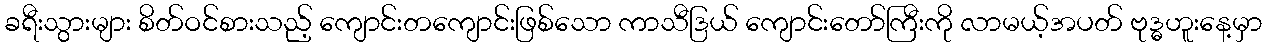
ခရီးသွားများ စိတ်ဝင်စားသည့် ကျောင်းတကျောင်းဖြစ်သော ကာသီဒြယ် ကျောင်းတော်ကြီးကို လာမယ့်အပတ် ဗုဒ္ဓဟူးနေ့မှာ